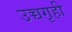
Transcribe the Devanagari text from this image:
उच्चगृही